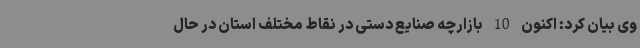
وی بیان کرد: اکنون 10 بازارچه صنایع دستی در نقاط مختلف استان در حال